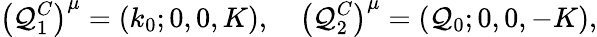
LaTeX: \left(\mathcal{Q}_{1}^{C}\right)^{\mu}=(k_{0};0,0,K),~~~~\left(\mathcal{Q}_{2}^{C}\right)^{\mu}=(\mathcal{Q}_{0};0,0,-K),